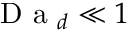
\textrm { D a } _ { d } \ll 1